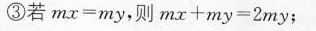
③若$$m x = m y$$，则$$m x + m y = 2 m y$$；